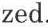
zed.